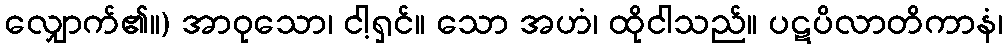
လျှောက်၏။) အာဝုသော၊ ငါ့ရှင်။ သော အဟံ၊ ထိုငါသည်။ ပဋပိလာတိကာနံ၊